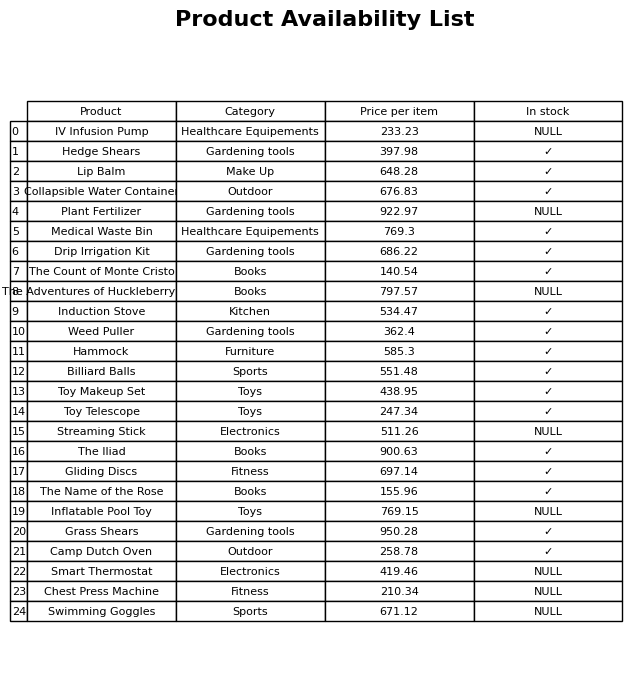
question: Which products are available in stock?
answer: Hedge Shears, Lip Balm, Collapsible Water Container, Medical Waste Bin, Drip Irrigation Kit, The Count of Monte Cristo, Induction Stove, Weed Puller, Hammock, Billiard Balls, Toy Makeup Set, Toy Telescope, The Iliad, Gliding Discs, The Name of the Rose, Grass Shears, Camp Dutch Oven